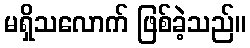
မရှိသလောက် ဖြစ်ခဲ့သည်။